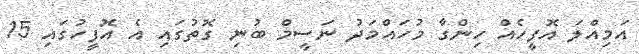
އަމިއްލަ އޮފީހެއް ހިންގާ މުހައްމަދު ނަސީމް ބުނި ގޮތުގައި އެ އޮފީހުގައި 15